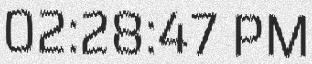
02:28:47 PM